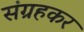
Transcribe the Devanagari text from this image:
संग्रहकर